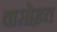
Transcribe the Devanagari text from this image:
वासोख़्त